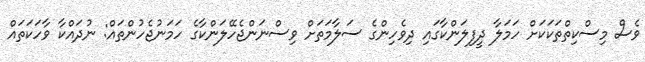
ވެސް މިސްކިތްތަކަކަަށް ހަމަލާ ދީފިލަންކާގައި ދިވެހިންގެ ސަލާމަތަށް ވިސްނަންޖެހޭލަންކާގެ ހަމަނުޖެހުންތައް: ނުދައްކާ ވާހަކަތައް